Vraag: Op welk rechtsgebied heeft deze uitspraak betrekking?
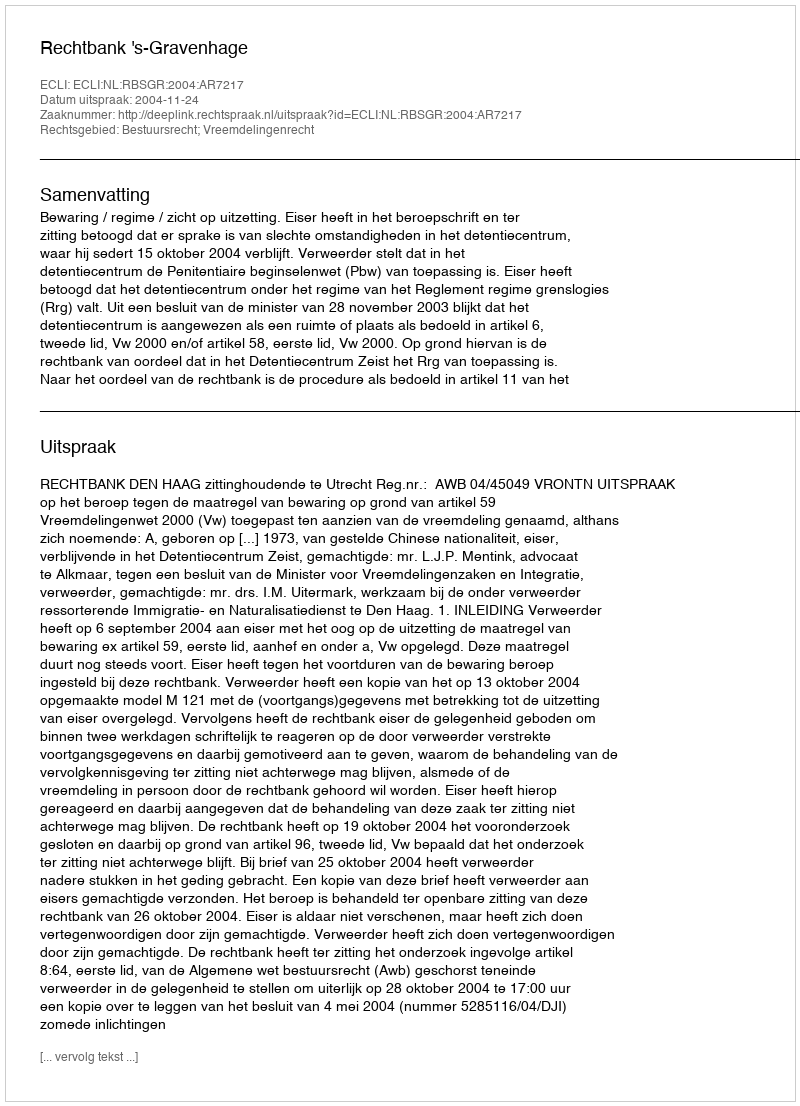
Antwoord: Bestuursrecht; Vreemdelingenrecht